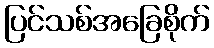
ပြင်သစ်အခြေစိုက်